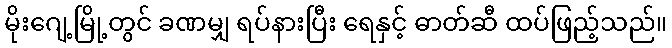
မိုးဂျေ့မြို့တွင် ခဏမျှ ရပ်နားပြီး ရေနှင့် ဓာတ်ဆီ ထပ်ဖြည့်သည်။